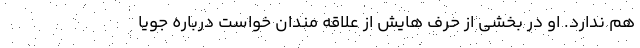
هم ندارد. او در بخشی از حرف هایش از علاقه مندان خواست درباره جویا